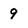
Character: 9